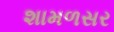
શામળસર